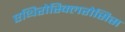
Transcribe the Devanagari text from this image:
एथिरोस्क्लिरोसिस